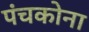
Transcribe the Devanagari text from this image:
पंचकोना